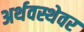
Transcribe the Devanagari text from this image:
अर्थवस्थेवर